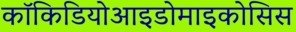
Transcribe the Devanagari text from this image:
कॉकिडियोआइडोमाइकोसिस